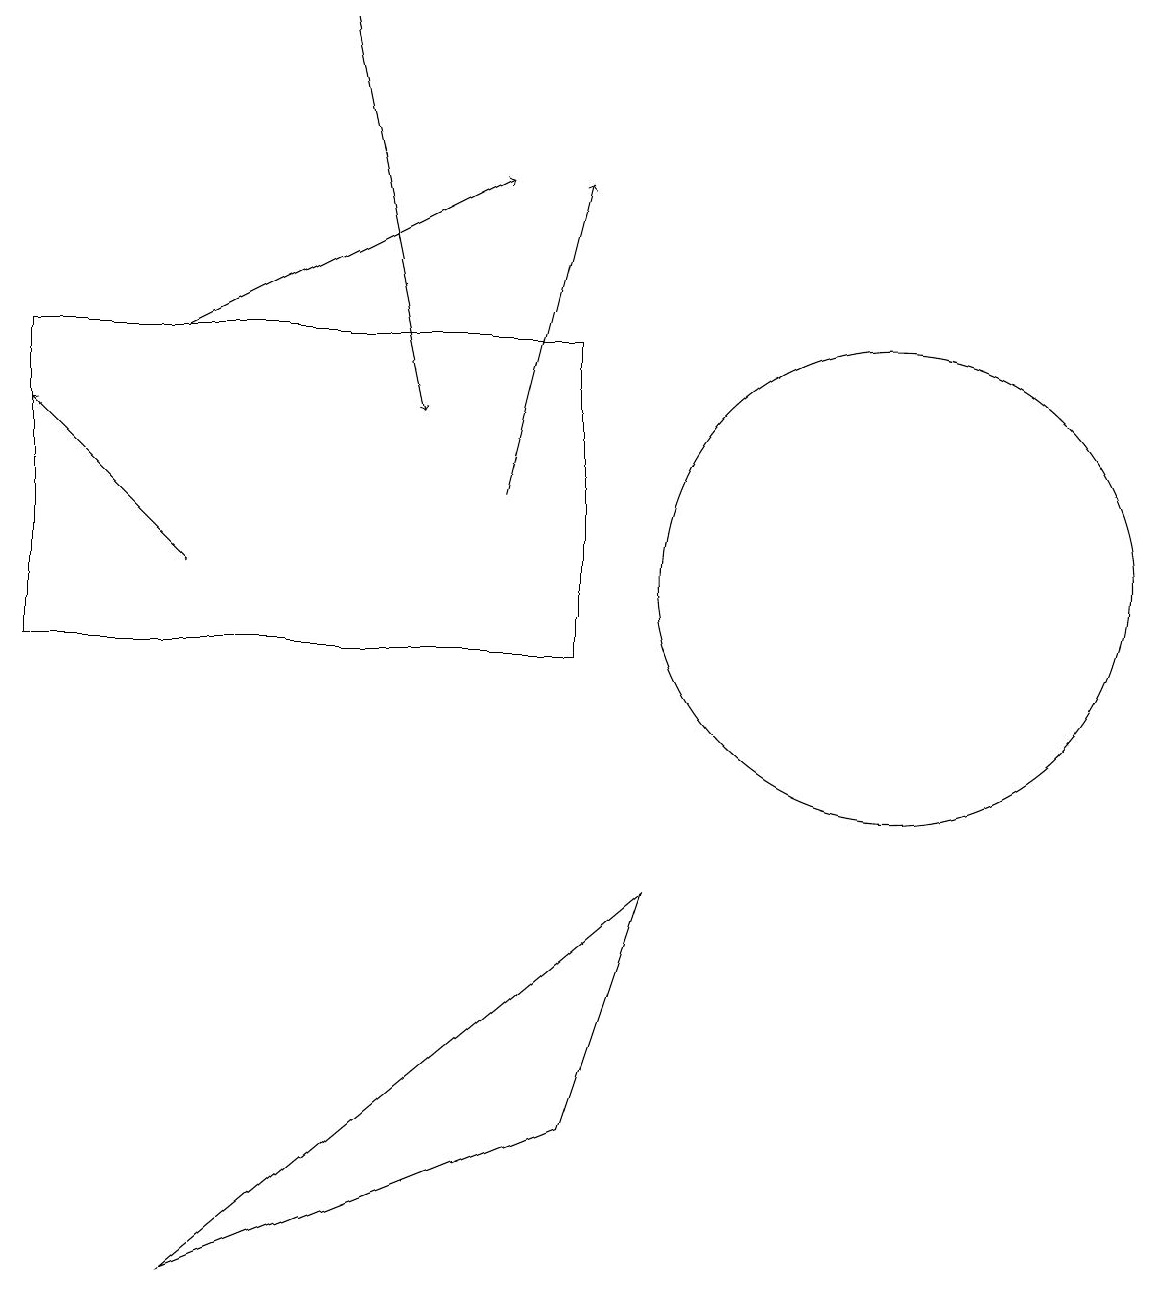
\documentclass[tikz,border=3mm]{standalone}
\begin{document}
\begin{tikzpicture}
\draw (12,11) circle (3);
\draw (1,10) rectangle (8,14);
\draw[->] (3,11) -- (1,13);
\draw (8,4) -- (9,7) -- (3,2) -- cycle;
\draw[->] (3,14) -- (7,16);
\draw[->] (5,18) -- (6,13);
\draw[->] (7,12) -- (8,16);
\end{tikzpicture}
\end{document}